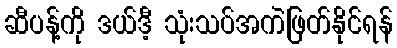
ဆီပန့်ကို ဒယ်ဒီ့ သုံးသပ်အကဲဖြတ်နိုင်ရန်